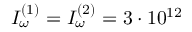
I _ { \omega } ^ { ( 1 ) } = I _ { \omega } ^ { ( 2 ) } = 3 \cdot 1 0 ^ { 1 2 }